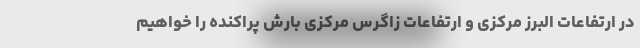
در ارتفاعات البرز مرکزی و ارتفاعات زاگرس مرکزی بارش پراکنده را خواهیم